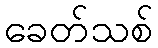
ခေတ်သစ်